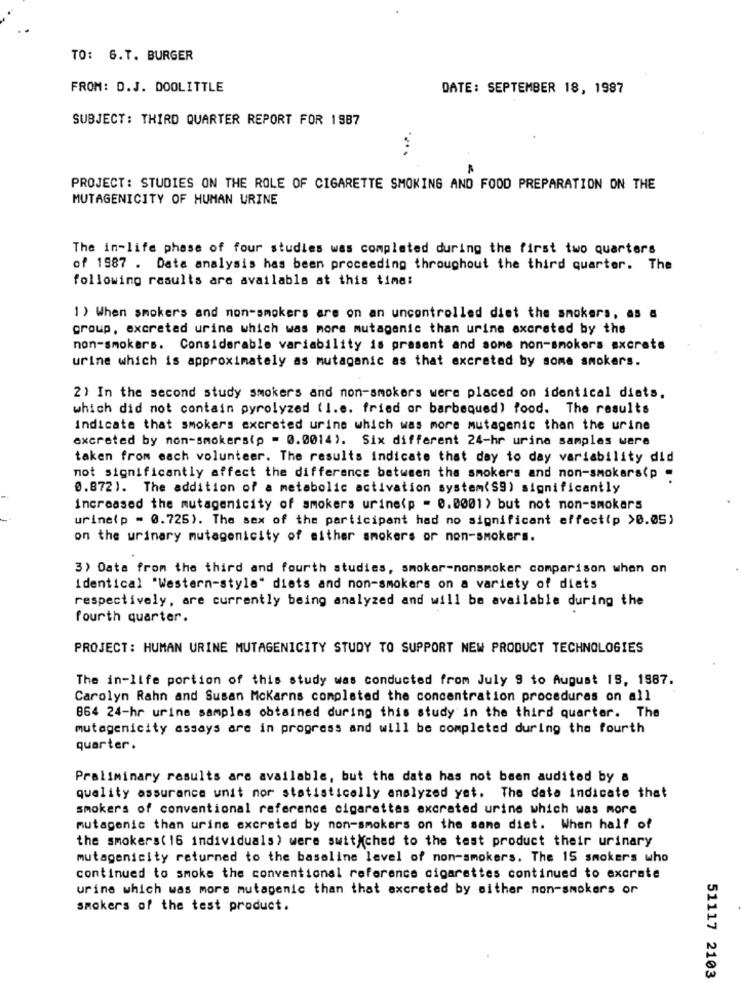
TO: 6.T. BURGER
FROM: D.J. DOOLITTLE
DATE: SEPTEMBER 18, 1987
SUBJECT: THIRD QUARTER REPORT FOR 1987
....
PROJECT: STUDIES ON THE ROLE OF CIGARETTE SMOKING AND FOOD PREPARATION ON THE
MUTAGENICITY OF HUMAN URINE
The in-life phase of four studies was completed during the first two quarters
of 1987 . Data analysis has been proceeding throughout the third quarter. The
following results are available at this time:
1 ) When smokers and non-smokers are on an uncontrolled diet the smokers, as a
group, excreted urine which was more mutagenic than urine excreted by the
non-smokers. Considerable variability is present and some non-smokers excrats
urine which is approximately as mutagenic as that excreted by some smokers.
2) In the second study smokers and non-smokers were placed on identical diets.
which did not contain pyrolyzed (I.e. fried or barbequed) food. The results
indicate that smokers excreted urine which was more mutagenic than the urine
excreted by non-smokers(p = 0.0014). Six different 24-hr urine samples were
taken from each volunteer. The results indicate that day to day variability did
not significantly affect the difference between the smokers and non-smokers(p -
0.872). The addition of a metabolic activation system(S9) significantly
increased the mutagenicity of smokers urine(p = 0.0001) but not non-smokers
urine(p = 0.725). The sex of the participant had no significant effect(p >0.05)
on the urinary mutagenicity of either smokers or non-smokers.
3) Data from the third and fourth studies, smoker-nonsmoker comparison when on
identical "Western-style" diets and non-smokers on a variety of diets
respectively, are currently being analyzed and will be available during the
fourth quarter.
PROJECT: HUMAN URINE MUTAGENICITY STUDY TO SUPPORT NEW PRODUCT TECHNOLOGIES
The in-life portion of this study was conducted from July 9 to August 19, 1987.
Carolyn Rahn and Susan Mckarns completed the concentration procedures on all
864 24-hr urine samples obtained during this study in the third quarter. The
mutagenicity assays are in progress and will be completed during the fourth
quarter.
Preliminary results are available, but the data has not been audited by a
quality assurance unit nor statistically analyzed yet. The date indicate that
smokers of conventional reference cigarettes excrated urine which was more
mutagenic than urine excreted by non-smokers on the same diet. When half of
the smokers( 16 individuals) were switched to the test product their urinary
mutagenicity returned to the baseline level of non-smokers. The 15 smokers who
continued to smoke the conventional reference cigarettes continued to excrete
urine which was more mutagenic than that excreted by sither non-smokers or
smokers of the test product.
51117 2103